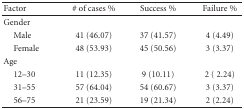
<table><thead><tr><td><b>Factor</b></td><td><b># of cases %</b></td><td><b>Success %</b></td><td><b>Failure %</b></td></tr></thead><tbody><tr><td>Gender</td><td></td><td></td><td></td></tr><tr><td> Male</td><td>41 (46.07)</td><td>37 (41.57)</td><td>4 (4.49)</td></tr><tr><td> Female</td><td>48 (53.93)</td><td>45 (50.56)</td><td>3 (3.37)</td></tr><tr><td>Age</td><td></td><td></td><td></td></tr><tr><td> 12–30</td><td>11 (12.35)</td><td>9 (10.11)</td><td>2 ( 2.24)</td></tr><tr><td> 31–55</td><td>57 (64.04)</td><td>54 (60.67)</td><td>3 (3.37)</td></tr><tr><td>56–75</td><td>21 (23.59)</td><td>19 (21.34)</td><td>2 (2.24)</td></tr></tbody></table>